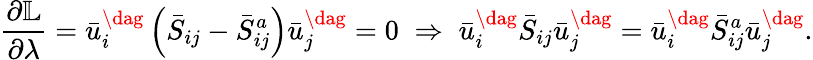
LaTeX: \frac{{\partial\mathbb{L}}}{{\partial\lambda}}=\bar{u}_{i}^{\dag}\left({{{\bar{S}}_{ij}}-\bar{S}_{ij}^{a}}\right)\bar{u}_{j}^{\dag}=0\; \Rightarrow\; \bar{u}_{i}^{\dag}{{\bar{S}}_{ij}}\bar{u}_{j}^{\dag}=\bar{u}_{i}^{\dag}\bar{S}_{ij}^{a}\bar{u}_{j}^{\dag}.